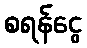
စရန်ငွေ